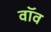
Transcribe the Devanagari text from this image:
वॉव